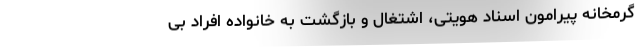
گرمخانه پیرامون اسناد هویتی، اشتغال و بازگشت به خانواده افراد بی‌